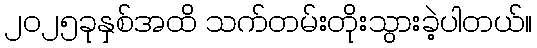
၂၀၂၅ခုနှစ်အထိ သက်တမ်းတိုးသွားခဲ့ပါတယ်။